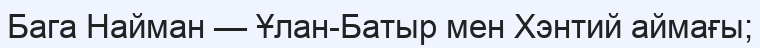
Бага Найман — Ұлан-Батыр мен Хэнтий аймағы;